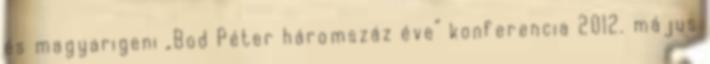
és magyarigeni „Bod Péter háromszáz éve” konferencia 2012. május